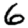
Digit: 6